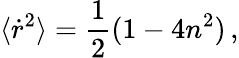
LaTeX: \langle{\dot{r}}^{2}\rangle=\frac{1}{2}(1-4n^{2})\, ,